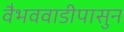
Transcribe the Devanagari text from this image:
वैभववाडीपासुन